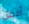
أفضل